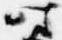
時